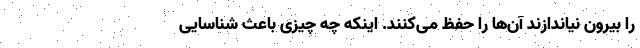
را بیرون نیاندازند آن‌ها را حفظ می‌کنند. اینکه چه چیزی باعث شناسایی